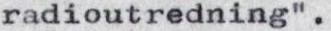
radioutredning".